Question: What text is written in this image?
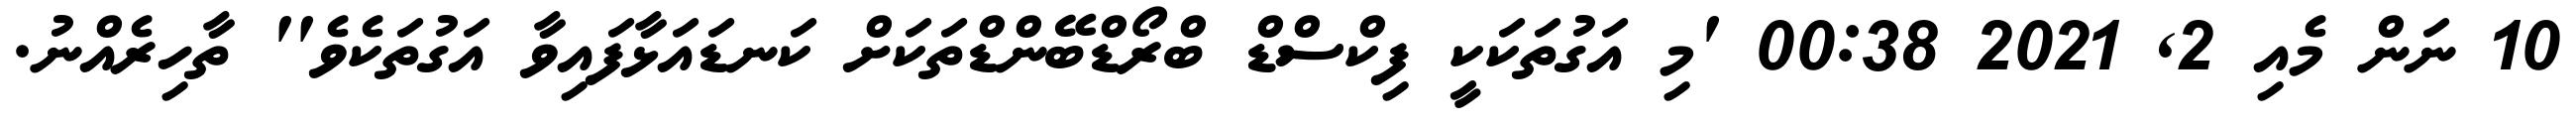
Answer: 10 ނަން މެއި 2, 2021 00:38 'މި އަގުތަކަކީ ފިކްސްޑް ބްރޯޑްބޭންޑްތަކަށް ކަނޑައަޅާފައިވާ އަގުތަކެވެ'' ތާހިރެއްނު.